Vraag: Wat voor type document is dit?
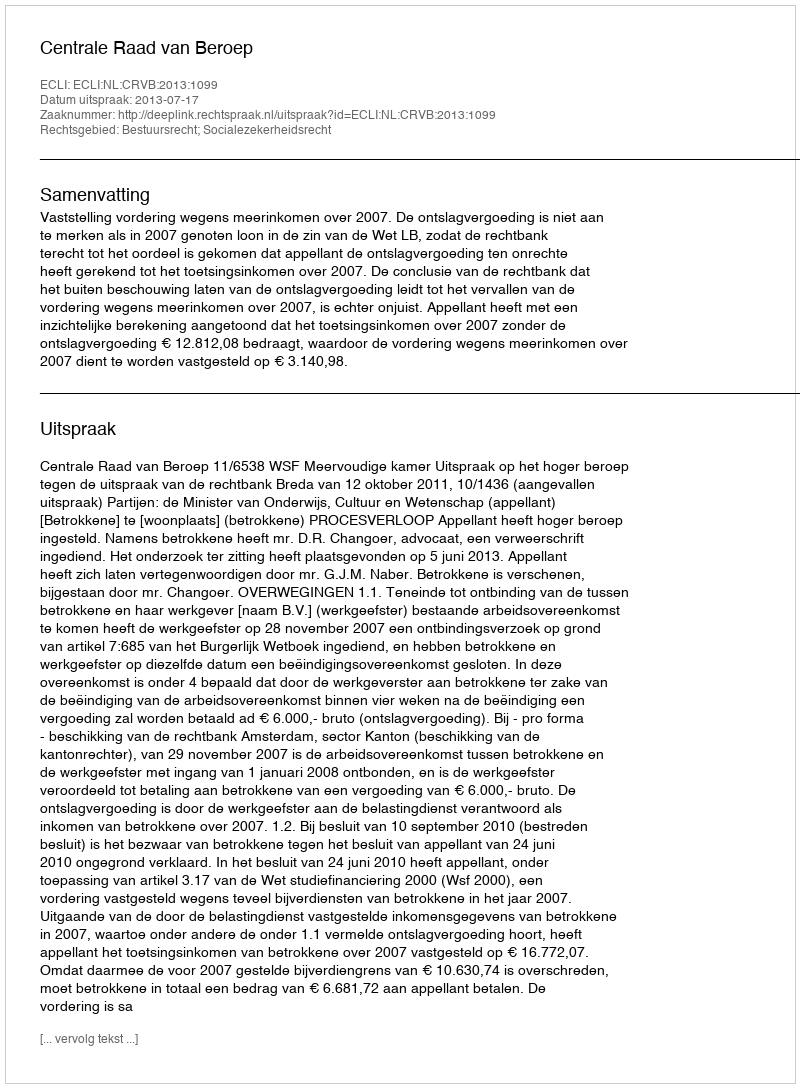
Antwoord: Uitspraak